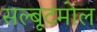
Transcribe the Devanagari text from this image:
सल्बूटमोल